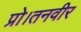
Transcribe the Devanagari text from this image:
प्रो।तनवीर